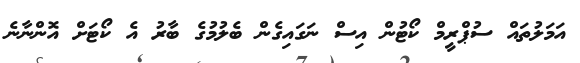
އަމަލުތައް ސުޕްރީމް ކޯޓުން އިސް ނަގައިގެން ބެލުމުގެ ބާރު އެ ކޯޓަށް އޮންނާނެ